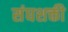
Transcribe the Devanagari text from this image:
संघशक्ती